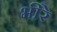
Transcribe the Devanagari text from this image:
भीरे